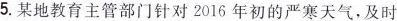
5.某地教育主管部门针对2016年初的严寒天气，及时